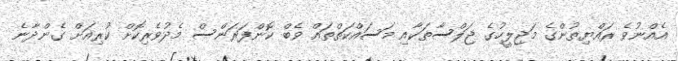
އެއްނުވެ ރައްޔިތުންގެ މަޖިލީހުގެ ޖަލްސާތަކާއި މަސައްކަތްތައް ވެބް ކޮންފަރަންސް މެދުވެރިކޮށް ކުރިއަށް ގެންދާނެ